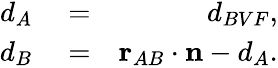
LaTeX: \begin{array}{rlr}{d_{A}}&{{}=}&{d_{BVF},}\\ {d_{B}}&{{}=}&{\mathbf{r}_{AB}\cdot\mathbf{n}-d_{A}.}\end{array}